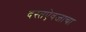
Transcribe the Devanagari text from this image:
दस्तऐवजाचा